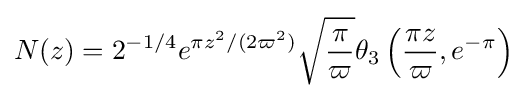
N(z)=2^{-1/4}e^{\pi z^{2}/(2\varpi ^{2})}{\sqrt {\frac {\pi }{\varpi }}}\theta _{3}\left({\frac {\pi z}{\varpi }},e^{-\pi }\right)